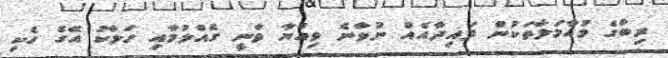
ރިބާގެ މުއާމަލާތަކުން ފައިދާއެއް ނުވާނެ ވިއްޔާ ވާނީ ގެއްލުމާއި ހަލާކު އޭގެ ހެކި